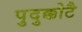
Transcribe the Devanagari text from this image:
पुदुक्कोटै